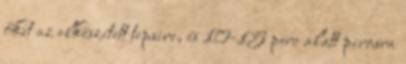
őket az elkészített tepsire, és 10-15 perc alatt pirosra